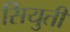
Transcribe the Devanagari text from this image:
सियुती